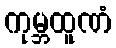
ကုမ္ဘထူဏံ